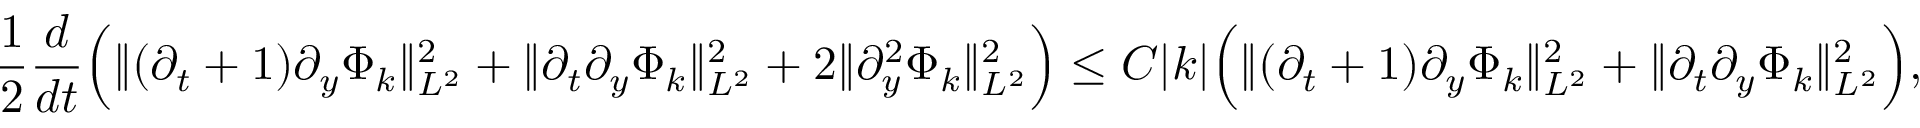
\frac { 1 } { 2 } \frac { d } { d t } \Big ( \| ( \partial _ { t } + 1 ) \partial _ { y } \Phi _ { k } \| _ { L ^ { 2 } } ^ { 2 } + \| \partial _ { t } \partial _ { y } \Phi _ { k } \| _ { L ^ { 2 } } ^ { 2 } + 2 \| \partial _ { y } ^ { 2 } \Phi _ { k } \| _ { L ^ { 2 } } ^ { 2 } \Big ) \leq C | k | \Big ( \| ( \partial _ { t } + 1 ) \partial _ { y } \Phi _ { k } \| _ { L ^ { 2 } } ^ { 2 } + \| \partial _ { t } \partial _ { y } \Phi _ { k } \| _ { L ^ { 2 } } ^ { 2 } \Big ) ,